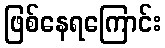
ဖြစ်နေရကြောင်း